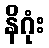
နိဂုံး